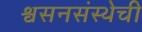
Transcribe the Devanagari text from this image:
श्वसनसंस्थेची